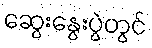
ဆွေးနွေးပွဲတွင်